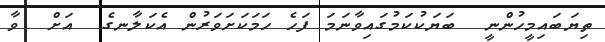
ތިޔަބައިމީހުންނީ  ބަޔަކުކަމުގައިވާނަމަ ފަހެ ހަމަކަށަވަރުން އެކަލާނގެ  އަށް  ވާ